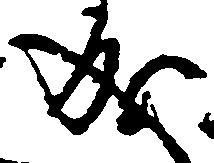
成